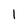
Character: 1